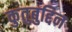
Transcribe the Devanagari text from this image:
कुतुबुद्दिन